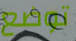
توضع